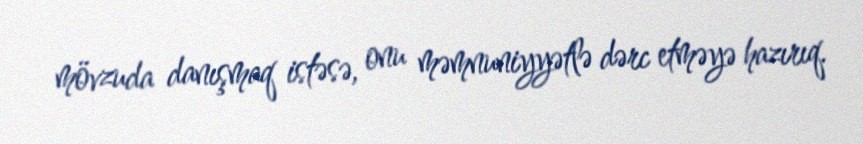
mövzuda danışmaq istəsə, onu məmnuniyyətlə dərc etməyə hazırıq.